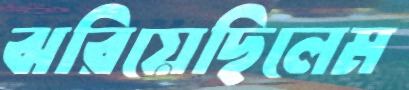
ঝরিয়েছিলেম